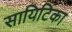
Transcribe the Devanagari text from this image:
सायिटिका